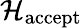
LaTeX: {\mathcal{H}}_{\mathrm{accept}}